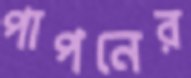
পাপনের